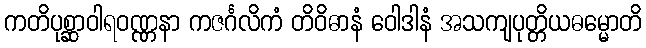
ကတိပုစ္ဆာဝါရဝဏ္ဏနာ ကဇင်္ဂလိကံ တိဝိဓာနံ ဝေါဒါနံ အသကျပုတ္တိယဓမ္မောတိ